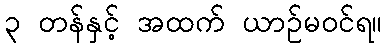
၃ တန်နှင့် အထက် ယာဉ်မဝင်ရ။